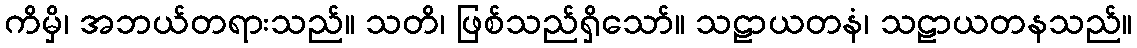
ကိမှိ၊ အဘယ်တရားသည်။ သတိ၊ ဖြစ်သည်ရှိသော်။ သဠာယတနံ၊ သဠာယတနသည်။